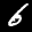
Label: 6